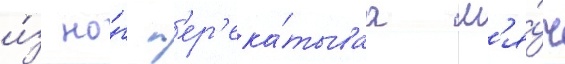
и́з но́г п'ер'ека́тываа м'я́ч